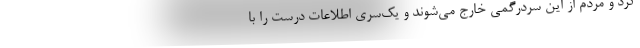
کرد و مردم از این سردرگمی خارج می‌شوند و یک‌سری اطلاعات درست را با